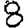
Digit: 8